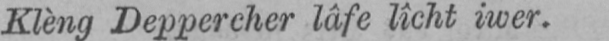
Klèng Deppercher lâfe lîcht iwer.